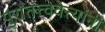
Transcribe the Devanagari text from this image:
पुरातत्त्ववेत्त्यांनी